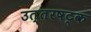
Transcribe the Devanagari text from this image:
उत्तरषट्क